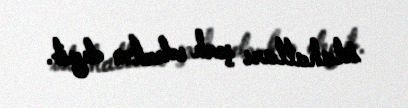
islahatları şərh edərkən deyib.